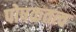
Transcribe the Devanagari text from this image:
पोषकतत्व